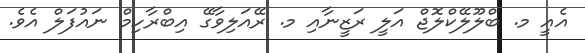
އެއީ މ. ބްލޫލޭކްލޮޖް އަލީ ރަޒީނާއި މ. ރޭއަލިވާގޭ އިބްރާހިމް ނައުފަލް އެވެ.